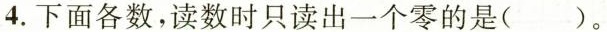
4.下面各数，读数时只读出一个零的是()。